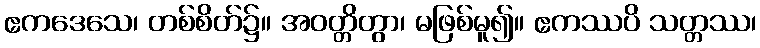
ဧကဒေသေ၊ တစ်စိတ်၌။ အဝတ္တိတွာ၊ မဖြစ်မူ၍။ ဧကဿပိ သတ္တဿ၊